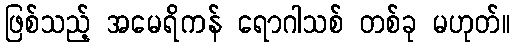
ဖြစ်သည့် အမေရိကန် ရောဂါသစ် တစ်ခု မဟုတ်။